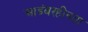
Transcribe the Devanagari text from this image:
आडंबरहीनता